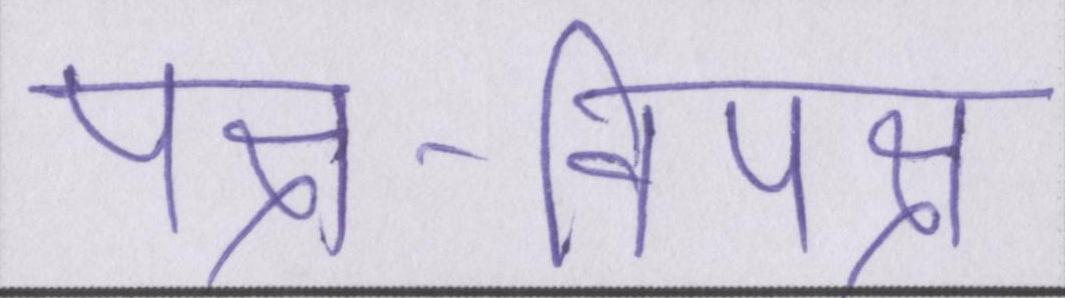
पक्ष-विपक्ष